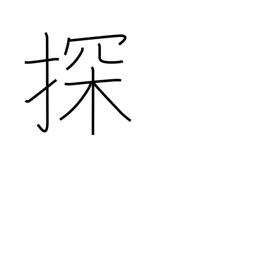
Meaning: search